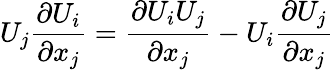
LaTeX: U_{j}{\frac{\partial U_{i}}{\partial x_{j}}}={\frac{\partial U_{i}U_{j}}{\partial x_{j}}}-U_{i}{\frac{\partial U_{j}}{\partial x_{j}}}